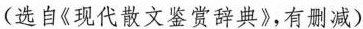
(选自《现代散文鉴赏辞典》,有删减)